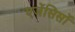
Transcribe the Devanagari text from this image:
एजेंसिसों